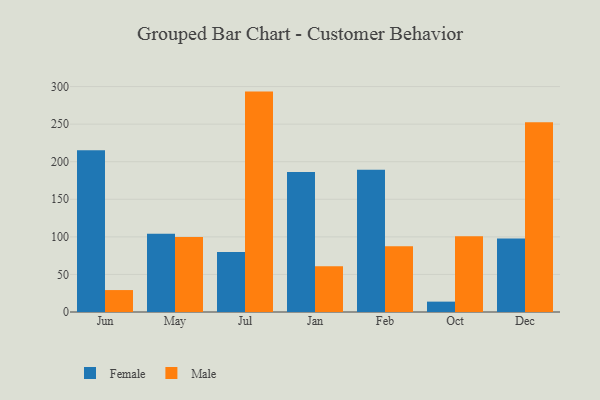
{"axis": {"x": "Month", "y": "Shipments"}, "legend": ["Female", "Male"], "data": [{"x": "Jun", "y": 215.2, "type": "Female"}, {"x": "Jun", "y": 29.2, "type": "Male"}, {"x": "May", "y": 104.2, "type": "Female"}, {"x": "May", "y": 99.8, "type": "Male"}, {"x": "Jul", "y": 79.7, "type": "Female"}, {"x": "Jul", "y": 293.3, "type": "Male"}, {"x": "Jan", "y": 186.2, "type": "Female"}, {"x": "Jan", "y": 61.0, "type": "Male"}, {"x": "Feb", "y": 189.3, "type": "Female"}, {"x": "Feb", "y": 87.5, "type": "Male"}, {"x": "Oct", "y": 13.8, "type": "Female"}, {"x": "Oct", "y": 100.9, "type": "Male"}, {"x": "Dec", "y": 97.8, "type": "Female"}, {"x": "Dec", "y": 252.6, "type": "Male"}]}